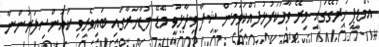
އެމްޑީޕީ ހަރުގޭގައި މިރޭ ވާހަކަފުޅުދައްކަވަމުން ޝިފާ ވިދާޅުވީ މޭޑޭ މުޒާހަރާގައި ބައިވެރިވި ކައުންސިލަރުންނާ